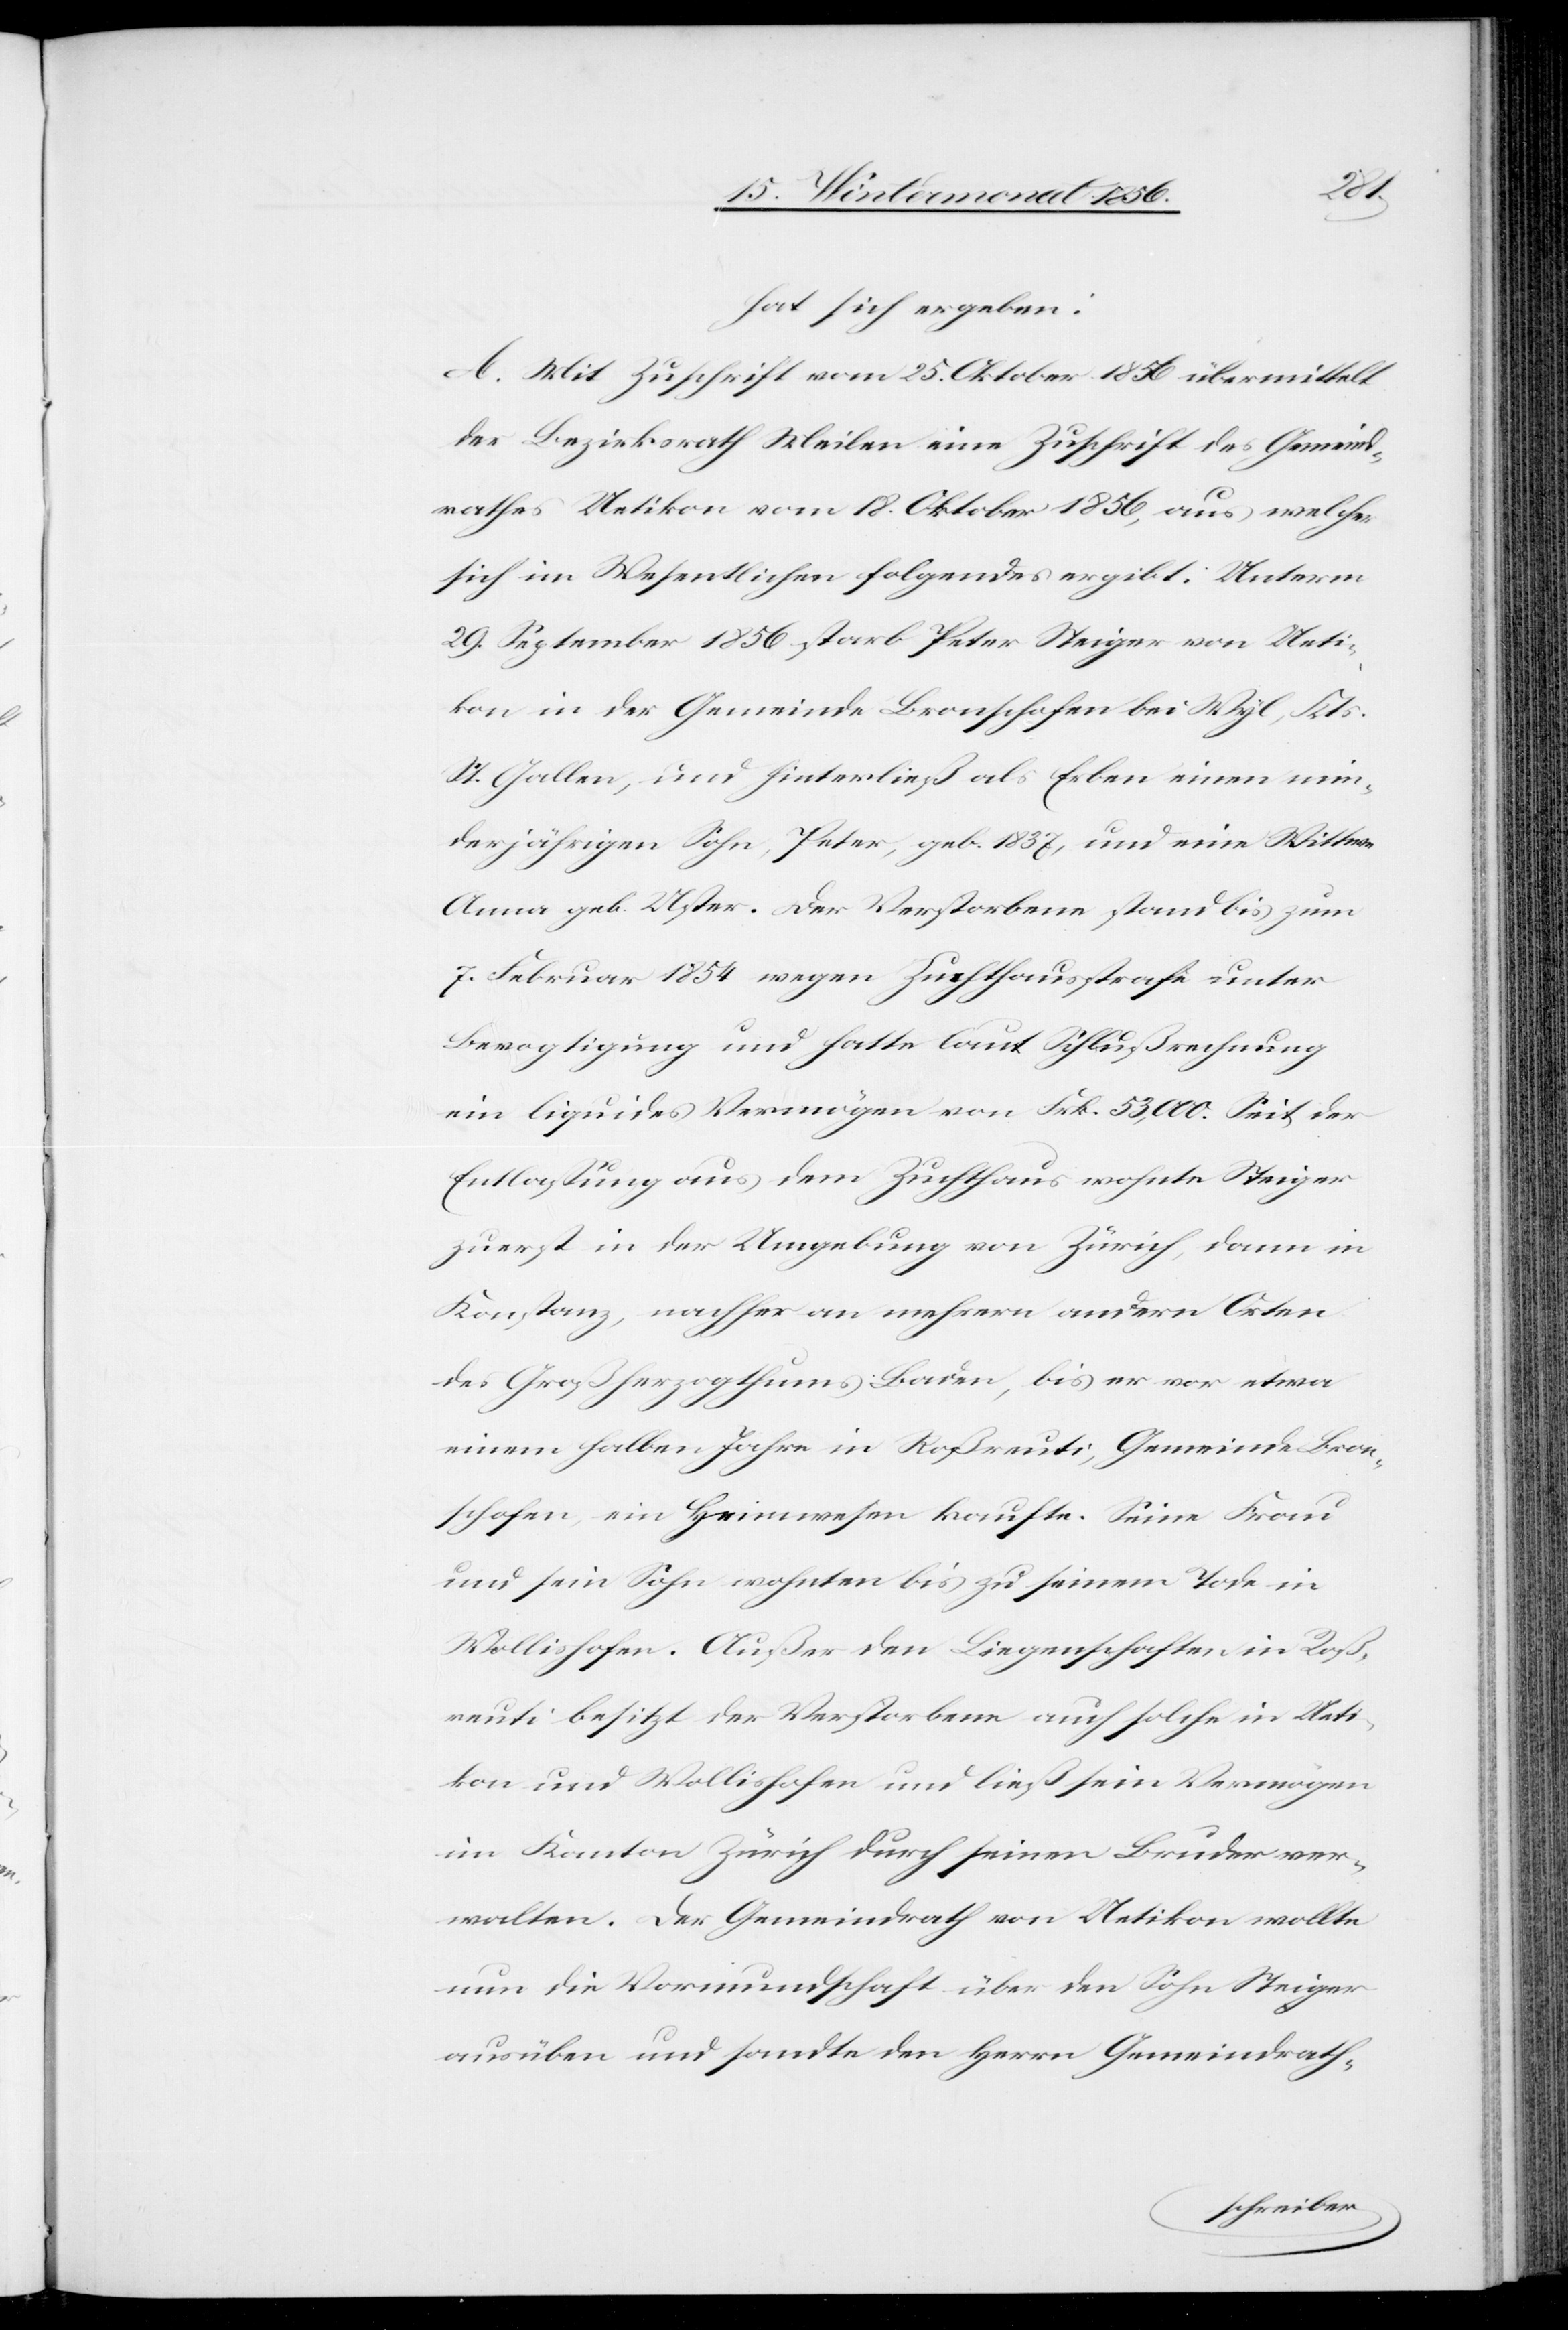
hat sich ergeben:
A. Mit Zuschrift vom 25. Oktober 1856 übermittelt
der Bezirksrath Meilen eine Zuschrift des Gemeind¬
rathes Uetikon vom 18. Oktober 1856, aus welcher
sich im Wesentlichen folgendes ergibt: Unterm
29. September 1856 starb Peter Steiger von Ueti¬
kon in der Gemeinde Bronschofen bei Wyl, Kts.
St. Gallen, und hinterließ als Erben einen min¬
derjährigen Sohn, Peter, geb. 1837, und eine Wittwe
Anna geb. Uster. Der Verstorbene stand bis zum
7. Februar 1854 wegen Zuchthausstrafe unter
Bevogtigung und hatte laut Schlußrechnung
ein liquides Vermögen von Frk. 53,000. Seit der
Entlassung aus dem Zuchthaus wohnte Steiger
zuerst in der Umgebung von Zürich, dann in
Konstanz, nachher an mehrern andern Orten
des Großherzogthums Baden, bis er vor etwa
einem halben Jahre in Roßreuti, Gemeinde Bron¬
schofen, ein Heimwesen kaufte. Seine Frau
und sein Sohn wohnten bis zu seinem Tode in
Wollishofen. Außer den Liegenschaften in Roß¬
reuti besitzt der Verstorbene auch solche in Ueti¬
kon und Wollishofen und ließ sein Vermögen
im Kanton Zürich durch seinen Bruder ver¬
walten. Der Gemeindrath von Uetikon wollte
nun die Vormundschaft über den Sohn Steiger
ausüben und sandte den Herrn Gemeindrath-